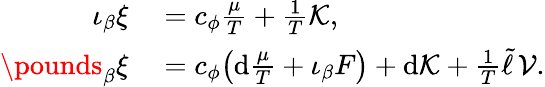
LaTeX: \begin{array}{rl}{\iota_{\beta}\xi}&{{}=c_{\phi}\frac{\mu}{T}+\frac 1T{\cal K},}\\ {\pounds_{\beta}\xi}&{{}=c_{\phi}\! \left(\mathrm{d}\frac{\mu}{T}+\iota_{\beta}F\right)+\mathrm{d}{\cal K}+\frac 1T\tilde{\ell}\, {\cal V}.}\end{array}